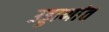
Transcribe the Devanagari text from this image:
उड्डाणांत